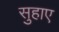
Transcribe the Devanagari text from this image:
सुहाए